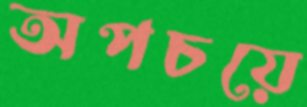
অপচয়ে